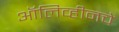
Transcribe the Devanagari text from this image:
ऑलिव्हीनचे